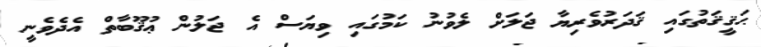
ޙަޤީޤަތުގައި ޤަދަރުވެރިޔާ ޖަލަށް ލެވުނު ކަމުގައި ވިޔަސް އެ ޖަލުން ޢުޤޫބާތް އެދެވެނީ